On the morphology, teratology, and diclinism of the flowers of cannabis - Number 12
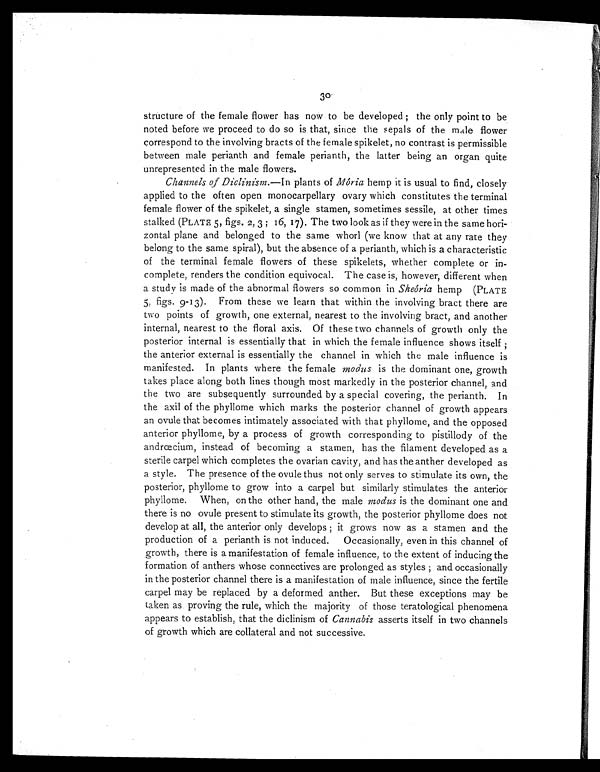
3
0
structure of the female flower has now to be developed ; the only point to be
noted before we proceed to do so is that, since the sepals of the male flower
correspond to the involving bracts of the female spikelet, no contrast is permissible
between male perianth and female perianth, the latter being an organ quite
unrepresented in the male flowers.
Channels of Diclinism. —In plants of Mória hemp it is usual to find, closely
applied to the often open monocarpellary ovary which constitutes the terminal
female flower of the spikelet, a single stamen, sometimes sessile, at other times
stalked (PLATE 5, figs. 2, 3 ; 16, 17). The two look as if they were in the same hori-
zontal plane and belonged to the same whorl (we know that at any rate they
belong to the same spiral), but the absence of a perianth, which is a characteristic
of the terminal female flowers of these spikelets, whether complete or in-
complete, renders the condition equivocal. The case is, however, different when
a study is made of the abnormal flowers so common in Sheóriahemp (PLATE
5, figs. 9-13). From these we learn that within the involving bract there are
two points of growth, one external, nearest to the involving bract, and another
internal, nearest to the floral axis. Of these two channels of growth only the
posterior internal is essentially that in which the female influence shows itself ;
the anterior external is essentially the channel in which the male influence is
manifested. In plants where the female modus is the dominant one, growth
takes place along both lines though most markedly in the posterior channel, and
the two are subsequently surrounded by a special covering, the perianth. In
the axil of the phyllome which marks the posterior channel of growth appears
an ovule that becomes intimately associated with that phyllome, and the opposed
anterior phyllome, by a process of growth corresponding to pistillody of the
andrœcium, instead of becoming a stamen, has the filament developed as a
sterile carpel which completes the ovarian cavity, and has the anther developed as
a style. The presence of the ovule thus not only serves to stimulate its own, the
posterior, phyllome to grow into a carpel but similarly stimulates the anterior
phyllome. When, on the other hand, the male modus is the dominant one and
there is no ovule present to stimulate its growth, the posterior phyllome does not
develop at all, the anterior only develops ; it grows now as a stamen and the
production of a perianth is not induced. Occasionally, even in this channel of
growth, there is a manifestation of female influence, to the extent of inducing the
formation of anthers whose connectives are prolonged as styles ; and occasionally
in the posterior channel there is a manifestation of male influence, since the fertile
carpel may be replaced by a deformed anther. But these exceptions may be
taken as proving the rule, which the majority of those teratological phenomena
appears to establish, that the diclinism of Cannabis asserts itself in two channels
of growth which are collateral and not successive.